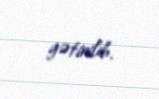
gətirilib.